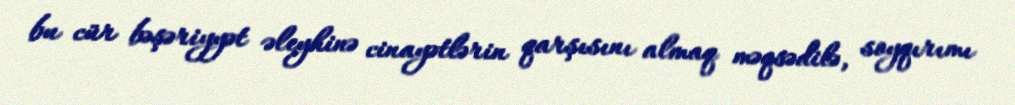
bu cür bəşəriyyət əleyhinə cinayətlərin qarşısını almaq məqsədilə, soyqırımı